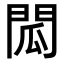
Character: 𮤌